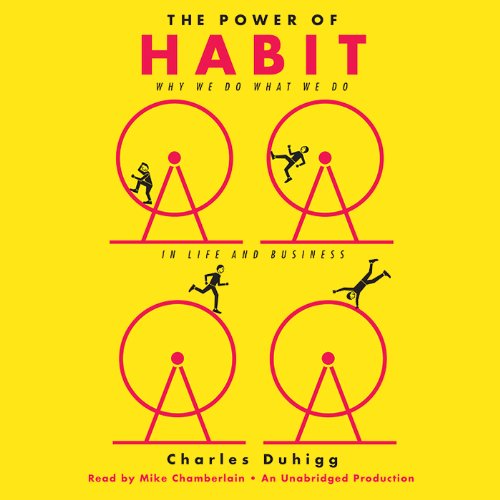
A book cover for The Power of Habit: Why We Do What We Do in Life and Business; Charles Duhigg; Medical Books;